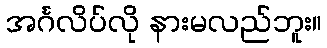
အင်္ဂလိပ်လို နားမလည်ဘူး။